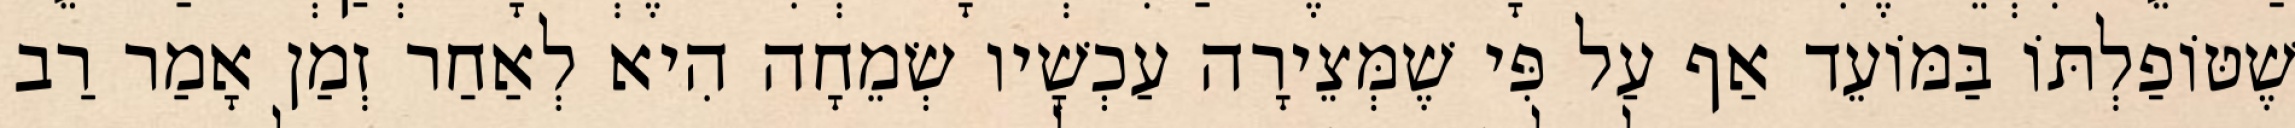
שֶׁטּוֹפַלְתּוֹ בַּמּוֹעֵד אַף עַל פִּי שֶׁמְּצֵירָה עַכְשָׁיו שְׂמֵחָה הִיא לְאַחַר זְמַן אָמַר רַב